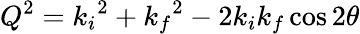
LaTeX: Q^{2}={k_{i}}^{2}+{k_{f}}^{2}-2{k_{i}}{k_{f}}\cos 2\theta